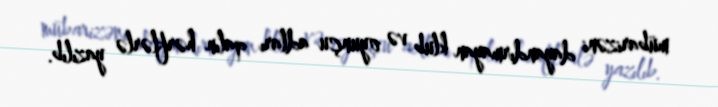
mübarizəni dayandırmayan klub və oyunçu adları qalın hərflərlə yazılıb.